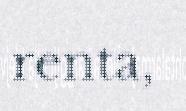
renta,